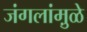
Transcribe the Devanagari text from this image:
जंगलांमु़ळे